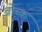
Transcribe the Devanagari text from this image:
ब्रोच्क